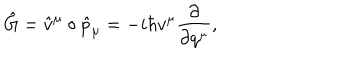
\hat { G } = \hat { v } ^ { \mu } \circ \hat { p } _ { \mu } = - i \hbar v ^ { \mu } \frac { \partial } { \partial q ^ { \mu } } ,